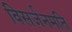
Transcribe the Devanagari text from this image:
विसर्जनमति